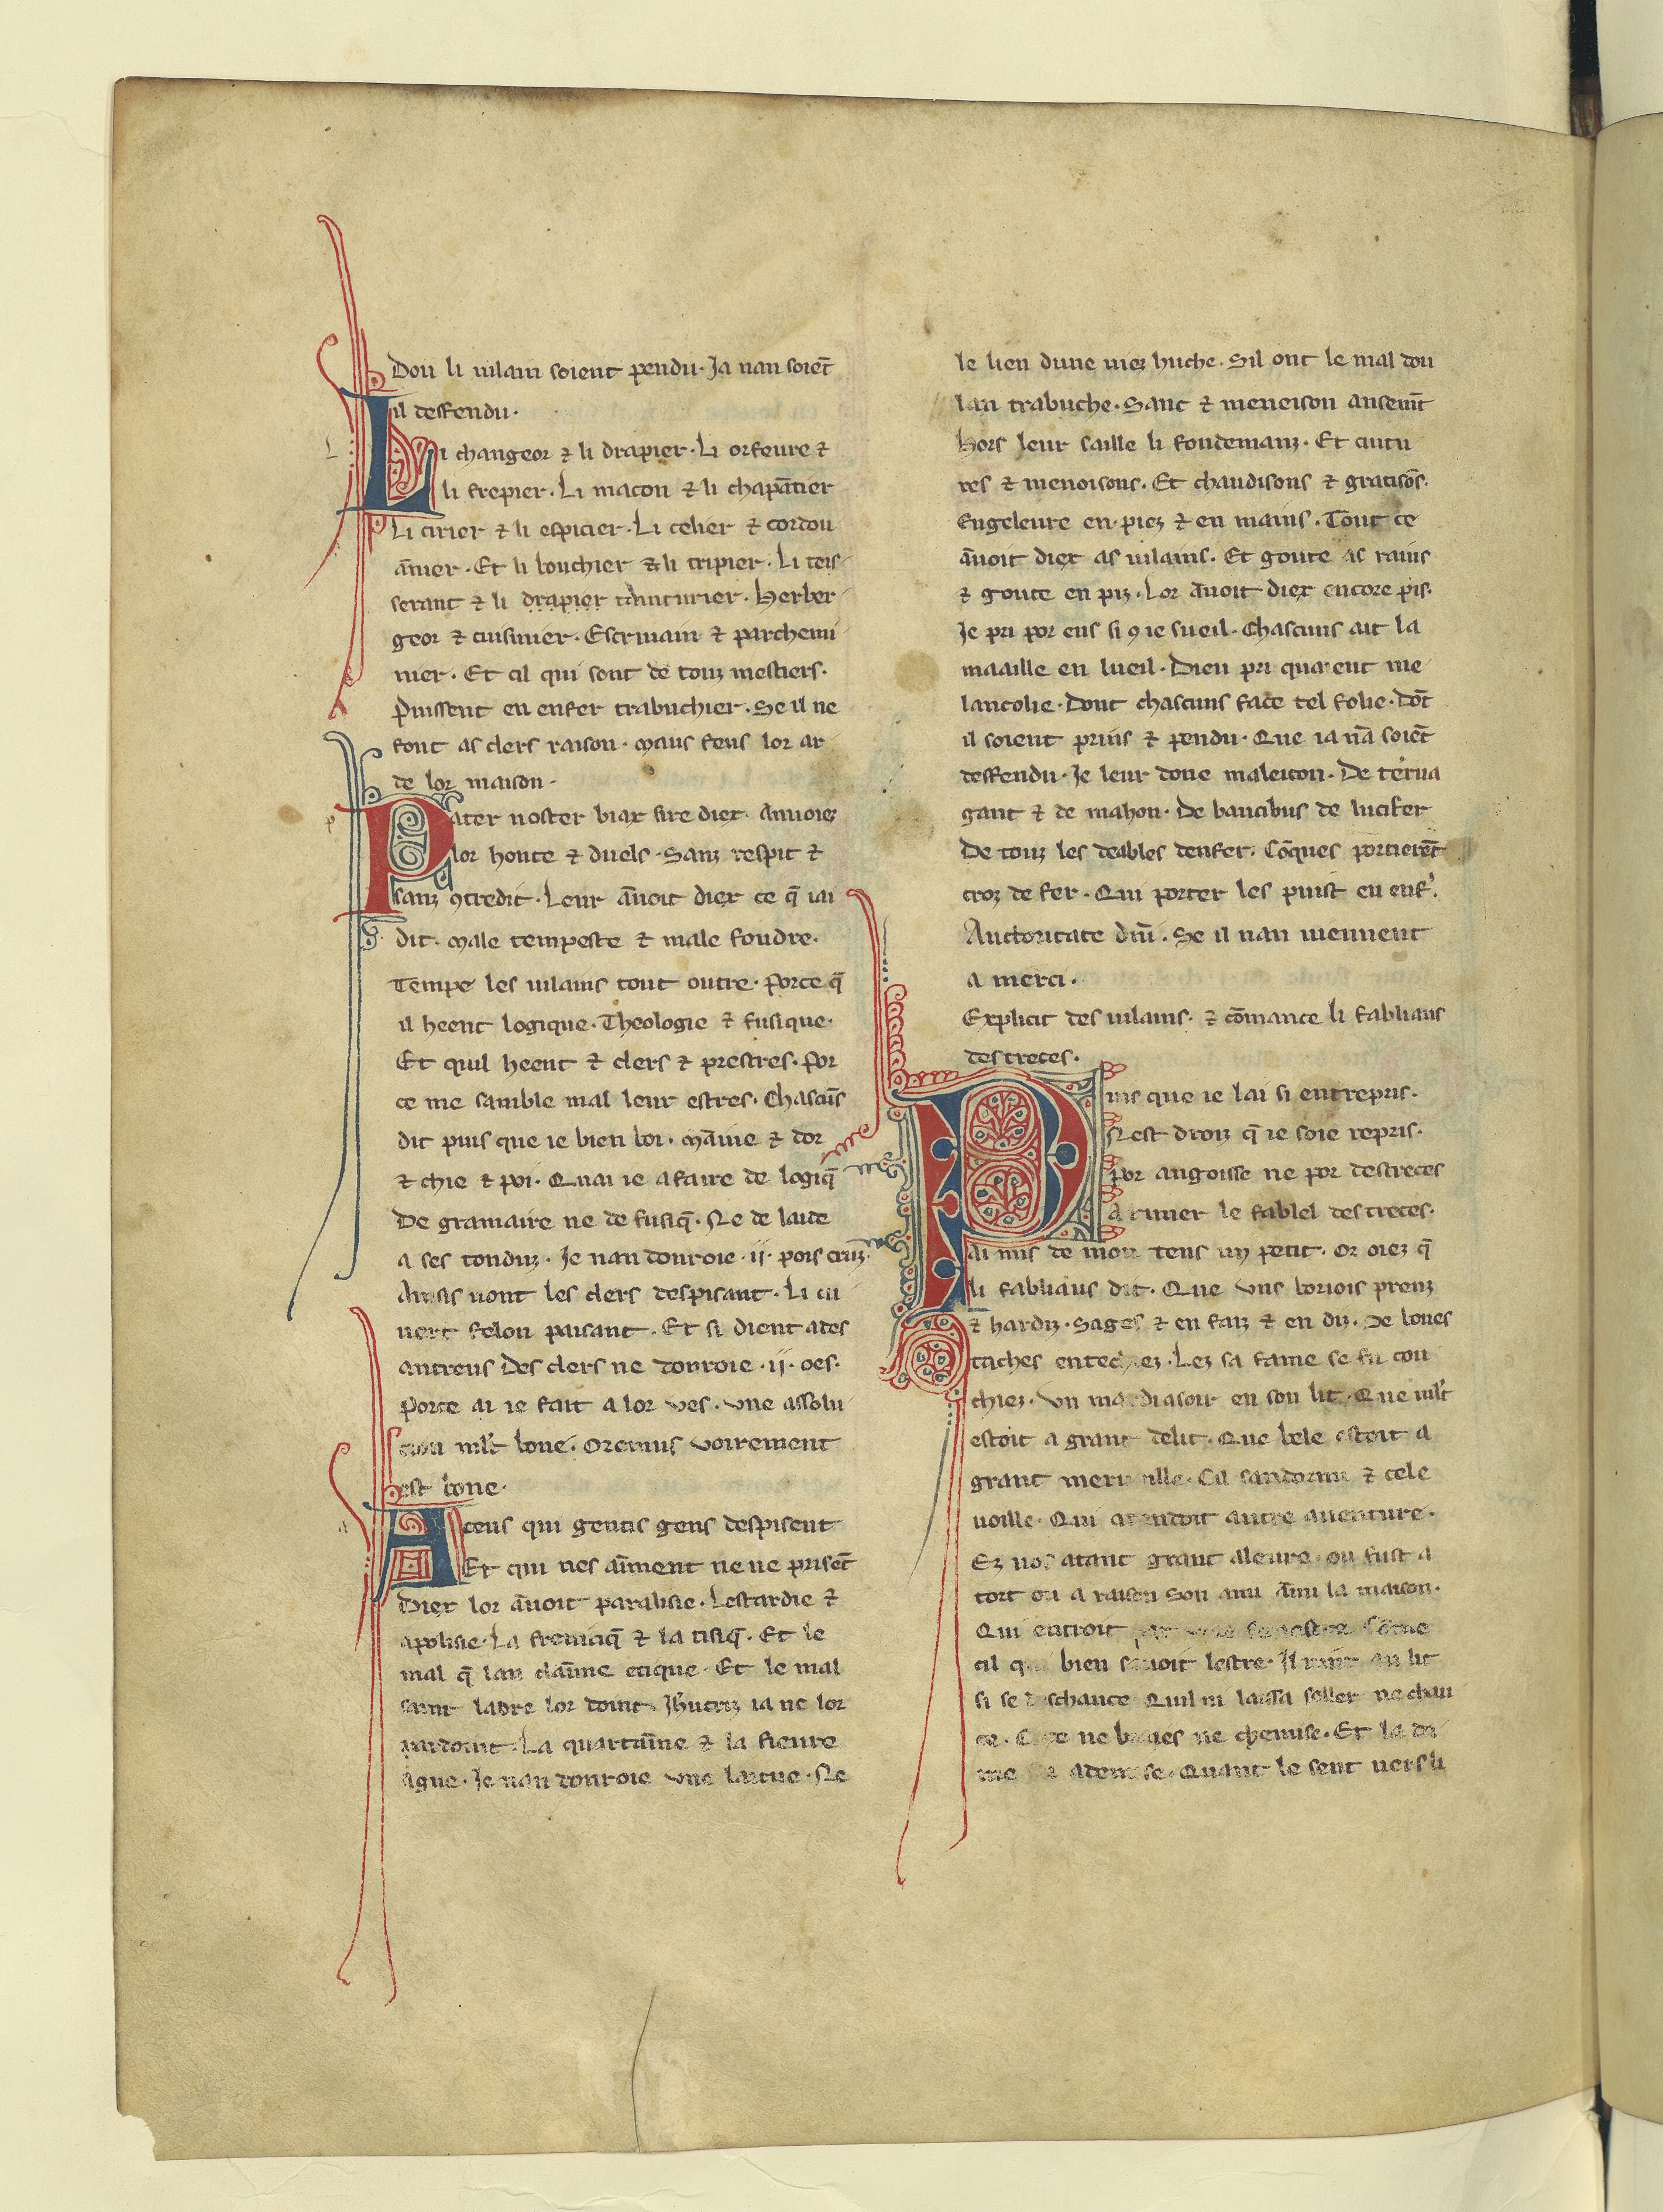
Shelfmark: Paris, BnF, fr. 12581
Century: 13